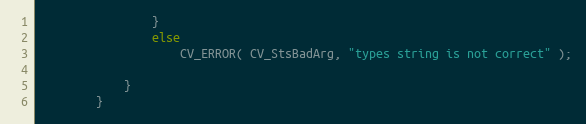
Language: C++
                }
                else
                    CV_ERROR( CV_StsBadArg, "types string is not correct" );

            }
        }